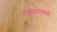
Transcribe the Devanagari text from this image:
महात्मागांधी